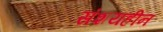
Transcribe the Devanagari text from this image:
संशयहीन